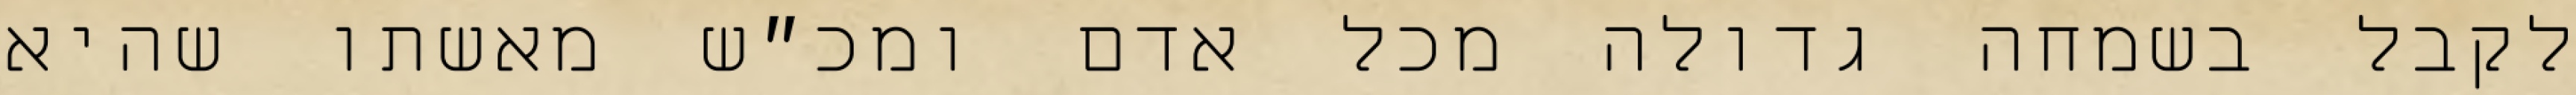
לקבל בשמחה גדולה מכל אדם ומכ״ש מאשתו שהיא